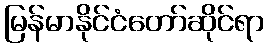
မြန်မာနိုင်ငံတော်ဆိုင်ရာ